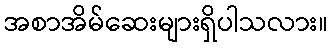
အစာအိမ်ဆေးများရှိပါသလား။